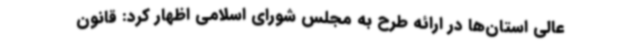
عالی استان‌ها در ارائه‌ طرح به مجلس شورای اسلامی اظهار کرد: قانون